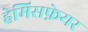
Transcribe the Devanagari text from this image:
हेमिसफ़ेयर